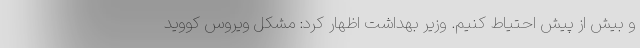
و بیش از پیش احتیاط کنیم. وزیر بهداشت اظهار کرد: مشکل ویروس کووید